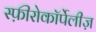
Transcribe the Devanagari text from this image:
स्फ़ीरोकॉर्पेलीज़